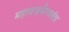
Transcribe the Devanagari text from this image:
महावज्रभैरवतंत्र